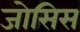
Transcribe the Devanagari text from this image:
जोसिस